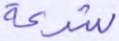
شرعة